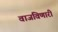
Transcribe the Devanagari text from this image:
वाजविणारी